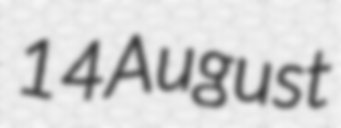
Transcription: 14 August